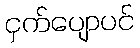
ငှက်ပျောပင်